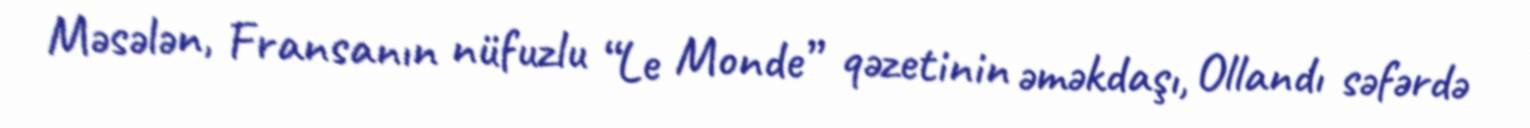
Məsələn, Fransanın nüfuzlu “Le Monde” qəzetinin əməkdaşı, Ollandı səfərdə